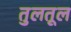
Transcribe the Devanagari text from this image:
तुलतूल